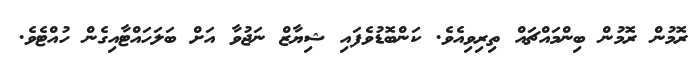
ރޮމުން ރޮމުން ބިންމައްޗައް ތިރިވިއެވެ. ކަންބޮޑުވެފައި ޝިޔާޒް ނަޖުވާ އަށް ބަލަހައްޓާއިގެން ހުއްޓެވެ.